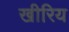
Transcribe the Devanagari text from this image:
खीरिय